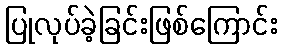
ပြုလုပ်ခဲ့ခြင်းဖြစ်ကြောင်း